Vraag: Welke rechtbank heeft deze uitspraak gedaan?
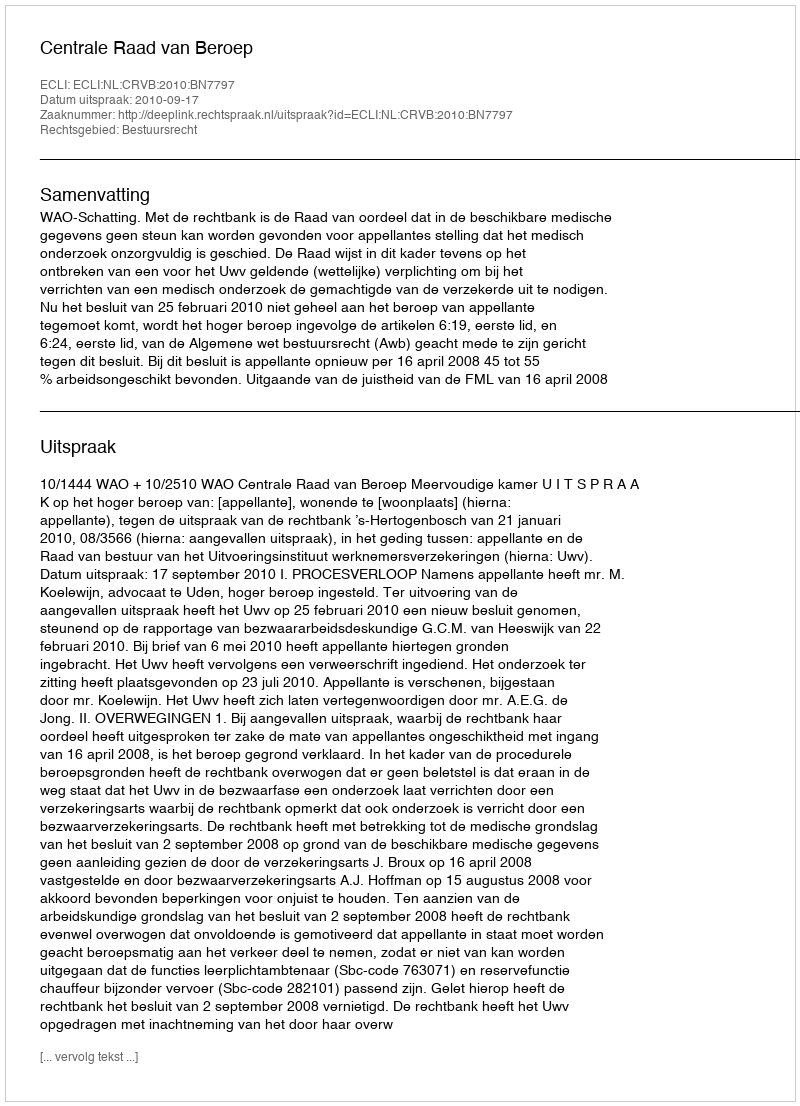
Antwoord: Centrale Raad van Beroep